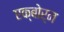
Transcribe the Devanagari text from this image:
एक्बोर्न